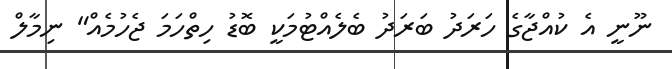
ނޫނީ އެ ކުއްޖާގެ ހަރަދު ބަރަދު ބެލެއްޓުމަކީ ބޮޑު ހިތްހަމަ ޖެހުމެއް" ނިމާލް